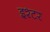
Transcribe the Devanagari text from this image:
इश्टर